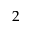
2